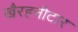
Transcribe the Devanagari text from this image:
खैरहनीटार